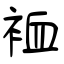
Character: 裇